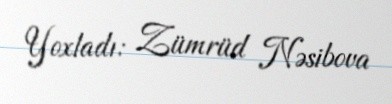
Yoxladı: Zümrüd Nəsibova